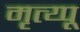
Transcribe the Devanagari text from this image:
मृत्य्पू